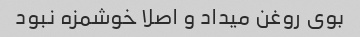
بوی روغن میداد و اصلا خوشمزه نبود